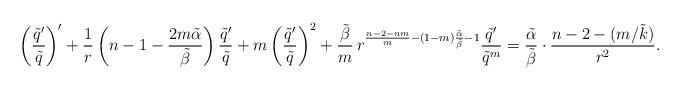
LaTeX: \begin{align*}\left(\frac{\tilde q'}{\tilde q}\right)'+ \frac{1}{r}\left(n-1-\frac{2m\tilde\alpha}{\tilde\beta}\right)\frac{\tilde q'}{\tilde q}+m\left(\frac{\tilde q'}{\tilde q}\right)^2+\frac{\tilde \beta }{m}\,r^{\frac{n-2-nm}{m}-(1-m)\frac{\tilde\alpha}{\tilde\beta}-1}\frac{\tilde q'}{\tilde q^m}=\frac{\tilde\alpha}{\tilde\beta}\cdot\frac{n-2-(m/\tilde k)}{r^2}.\end{align*}